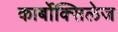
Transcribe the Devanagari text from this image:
कार्बोक्सिलेज